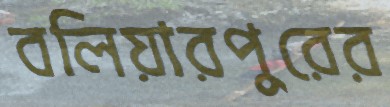
বলিয়ারপুরের